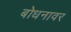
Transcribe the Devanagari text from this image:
बोधनावर